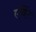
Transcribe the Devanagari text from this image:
एंचेंट